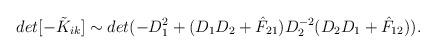
LaTeX: \begin{align*}det [- \tilde{K}_{ik}] \sim det (-D^2_1 + (D_1 D_2 + \hat{F}_{21})D^{-2}_2 (D_2 D_1 + \hat{F}_{12})).\end{align*}